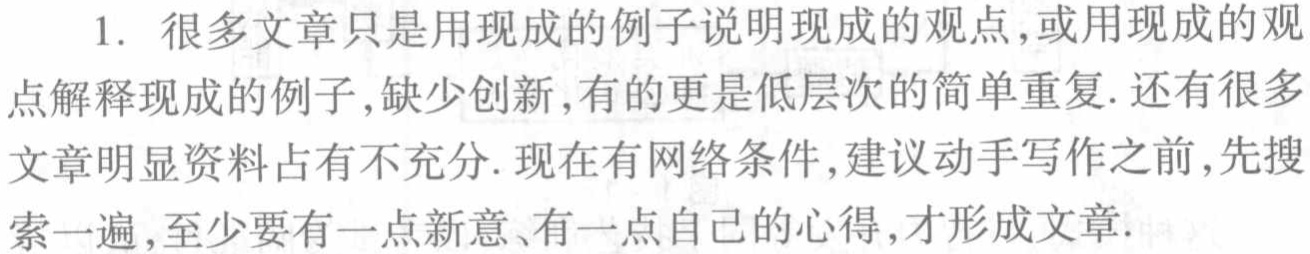
1. 很多文章只是用现成的例子说明现成的观点,或用现成的观

点解释现成的例子,缺少创新,有的更是低层次的简单重复. 还有很多

文章明显资料占有不充分. 现在有网络条件,建议动手写作之前,先搜

索一遍,至少要有一点新意、有一点自己的心得,才形成文章.